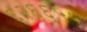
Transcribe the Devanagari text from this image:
६२६६५५